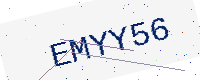
Text: EMYY56